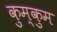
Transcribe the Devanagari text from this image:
कुम्कुम